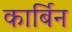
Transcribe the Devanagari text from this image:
कार्बिन